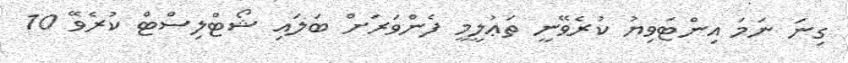
ގިނަ ނަމަ އިންޓަވިޔު ކުރެވޭނީ ތަޢުލީމީ ފެންވަރަށް ބަލައި ޝޯޓްލިސްޓް ކުރެވޭ 10